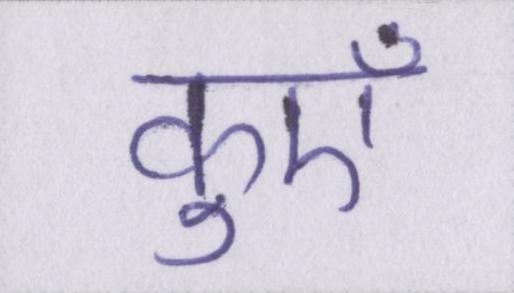
कुएँ